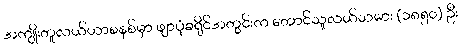
အကျိုးတူလယ်ယာစနစ်မှာ ဖျာပုံခရိုင်အတွင်းက တောင်သူလယ်သမား (၁၈၅၀) ဦး